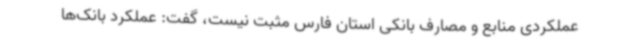
عملکردی منابع و مصارف بانکی استان فارس مثبت نیست، گفت: عملکرد بانک‌ها